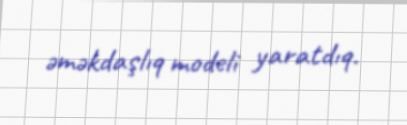
əməkdaşlıq modeli yaratdıq.